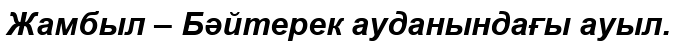
Жамбыл – Бәйтерек ауданындағы ауыл.